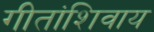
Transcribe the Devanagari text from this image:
गीतांशिवाय